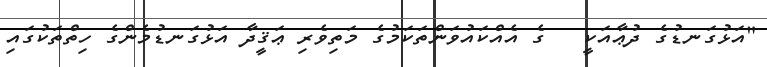
"އަޅުގަނޑުގެ ދުޢާއަކީ   ގެ އެއްކައުވަންތަކަމުގެ މަތިވެރި ޢަޤީދާ އަޅުގަނޑުމެންގެ ހިތްތަކުގައި